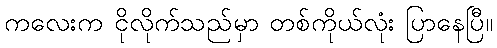
ကလေးက ငိုလိုက်သည်မှာ တစ်ကိုယ်လုံး ပြာနေပြီ။